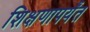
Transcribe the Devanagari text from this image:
शिक्षणापर्यंत